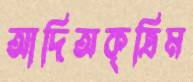
আদিঅকৃত্রিম